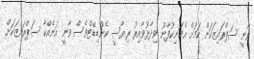
ވާނީ ސަޕްރައިޒަކަށް ކަމަށް އެމަނިކުފާނު ވިދާޅުވާއިރު ރިޔާސީ ކެންޑިޑޭޓްވެސް ވާނީ އަނެއްކާ ސަޕްރައިޒަކަށް